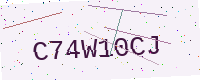
Text: C74W10CJ